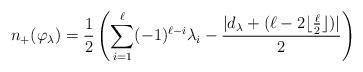
LaTeX: \begin{align*}n_+(\varphi_\lambda)=\frac{1}2\left(\sum_{i=1}^\ell (-1)^{\ell-i} \lambda_i-\frac{|d_\lambda+(\ell-2\lfloor\frac{\ell}{2}\rfloor)|}{2}\right)\end{align*}